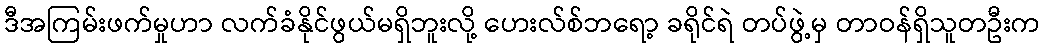
ဒီအကြမ်းဖက်မှုဟာ လက်ခံနိုင်ဖွယ်မရှိဘူးလို့ ဟေးလ်စ်ဘရော့ ခရိုင်ရဲ တပ်ဖွဲ့မှ တာဝန်ရှိသူတဦးက